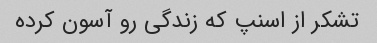
تشکر از اسنپ که زندگی رو آسون کرده